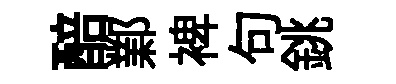
醅鄴裨句銚